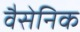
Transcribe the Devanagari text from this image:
वैसेनिक